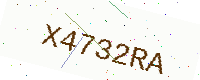
Text: X4732RA